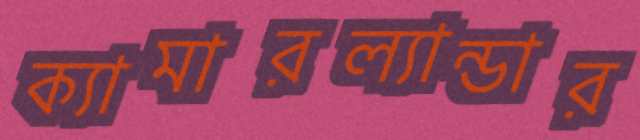
ক্যামারল্যান্ডার